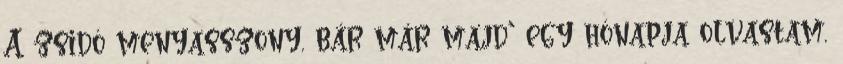
A zsidó menyasszony, bár már majd' egy hónapja olvastam,